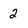
Character: 2